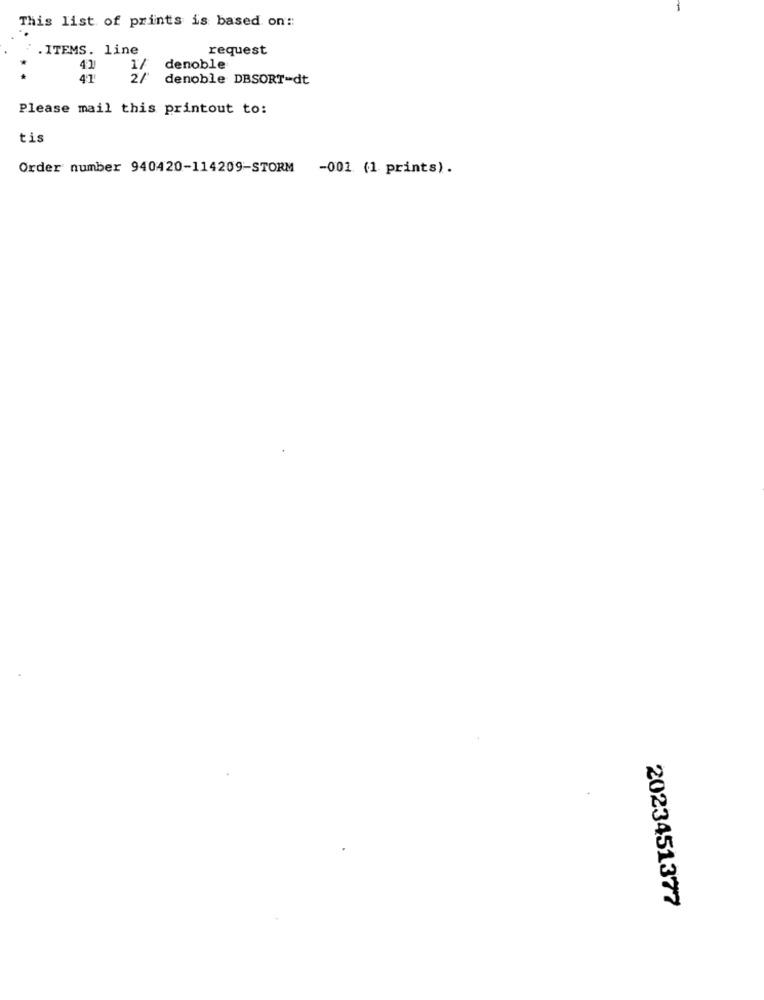
This list of prints is based on:
.ITEMS. line
request
41
1/
denoble
41
2/
denoble DBSORT=dt
Please mail this printout to:
tis
Order number 940420-114209-STORM -001 (1 prints).
2023451377